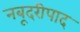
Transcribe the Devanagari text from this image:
नबूदरीपाद